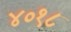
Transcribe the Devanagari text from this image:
४०१८